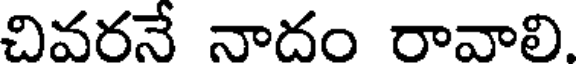
చివరనే నాదం రావాలి.